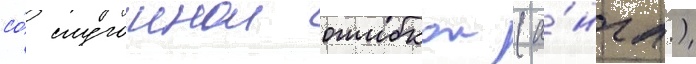
со́ случаинои ошибкои (а́нгл.)